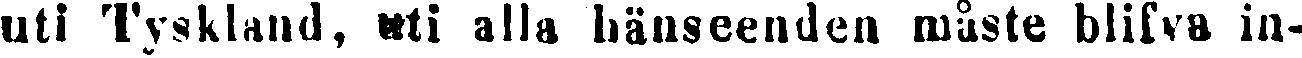
uti Tyskland, uti alla hänseenden måste blifva in-